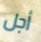
أجل